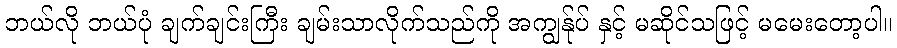
ဘယ်လို ဘယ်ပုံ ချက်ချင်းကြီး ချမ်းသာလိုက်သည်ကို အကျွန်ုပ် နှင့် မဆိုင်သဖြင့် မမေးတော့ပါ။